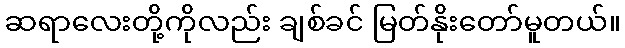
ဆရာလေးတို့ကိုလည်း ချစ်ခင် မြတ်နိုးတော်မူတယ်။